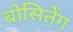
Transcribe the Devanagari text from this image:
बोसितेंग